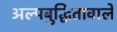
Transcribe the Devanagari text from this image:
अल्पबुद्धितावाले